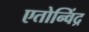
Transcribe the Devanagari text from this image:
एतोन्विंद्र